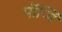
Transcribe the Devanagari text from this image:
पॉप्पिं